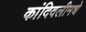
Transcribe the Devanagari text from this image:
कांदिवलीमधे